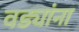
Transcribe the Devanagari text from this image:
वड्यांना